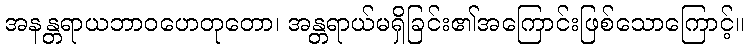
အနန္တရာယဘာဝဟေတုတော၊ အန္တရာယ်မရှိခြင်း၏အကြောင်းဖြစ်သောကြောင့်။